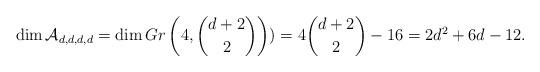
LaTeX: \begin{align*} \dim {\mathcal A}_{d,d,d,d}=\dim Gr \left (4, \binom{d+2}{2} \right) )= 4\binom{d+2}{2}-16=2d^2+6d-12. \end{align*}